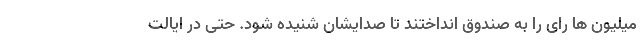
میلیون ها رای را به صندوق انداختند تا صدایشان شنیده شود. حتی در ایالت